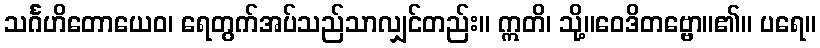
သင်္ဂဟိတောယေဝ၊ ရေတွက်အပ်သည်သာလျှင်တည်း။ ဣတိ၊ သို့။ဝေဒိတဗ္ဗော။၏။ ပရေ။